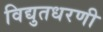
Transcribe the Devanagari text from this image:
विद्युतधरणी